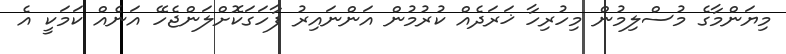
މިޔަންމާގެ މުސްލިމުން މިހުރިހާ ޚަރަދެއް ކުރުމުން އަންނައިރު ފާހަގަކޮށްލަންޖެހޭ އަނެއް ކަމަކީ އެ